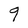
Character: q